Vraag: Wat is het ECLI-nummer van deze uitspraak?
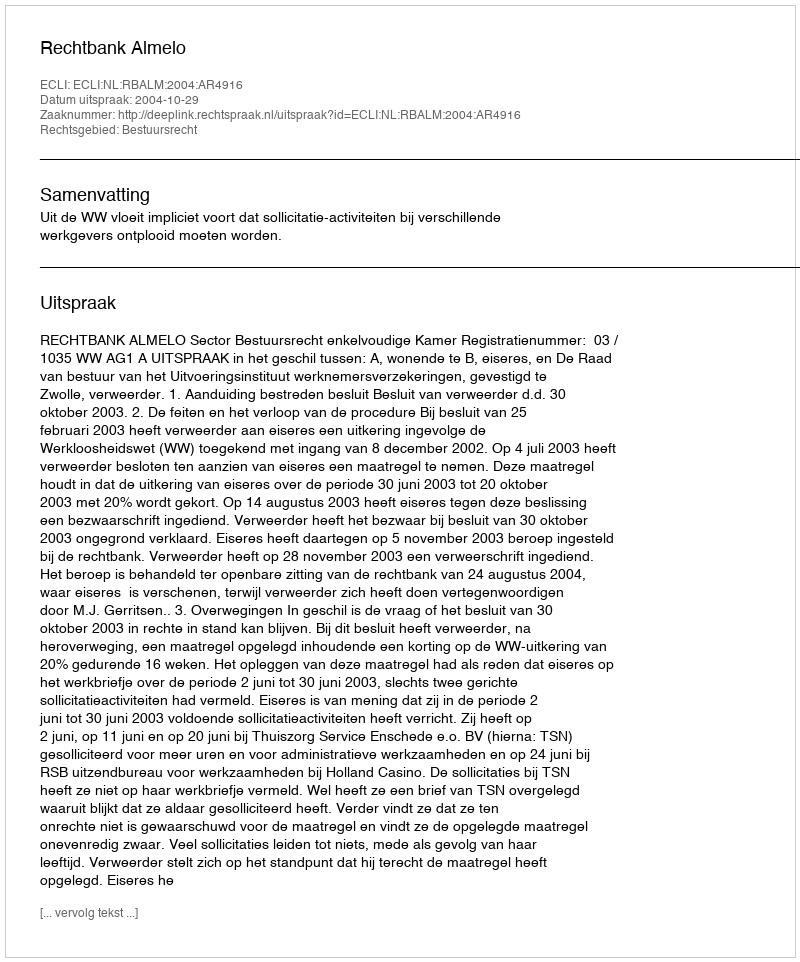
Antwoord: ECLI:NL:RBALM:2004:AR4916